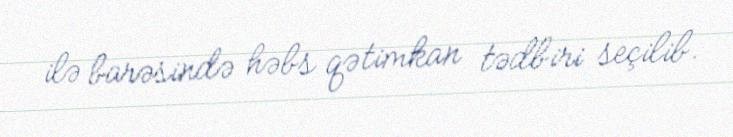
ilə barəsində həbs qətimkan tədbiri seçilib.